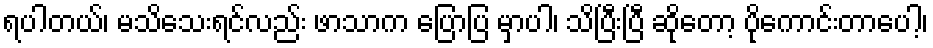
ရပါတယ်၊ မသိသေးရင်လည်း ဖာသာက ပြောပြ မှာပါ၊ သိပြီးပြီ ဆိုတော့ ပိုကောင်းတာပေါ့၊